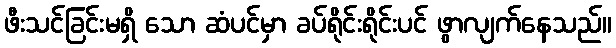
ဖီးသင်ခြင်းမရှိ သော ဆံပင်မှာ ခပ်ရိုင်းရိုင်းပင် ဖွာလျက်နေသည်။